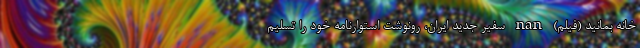
خانه بمانید (فیلم) nan سفیر جدید ایران، رونوشت استوارنامه خود را تسلیم